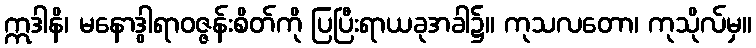
ဣဒါနိ၊ မနောဒွါရာဝဇ္ဇန်းစိတ်ကို ပြပြီးရာယခုအခါ၌။ ကုသလတော၊ ကုသိုလ်မှ။